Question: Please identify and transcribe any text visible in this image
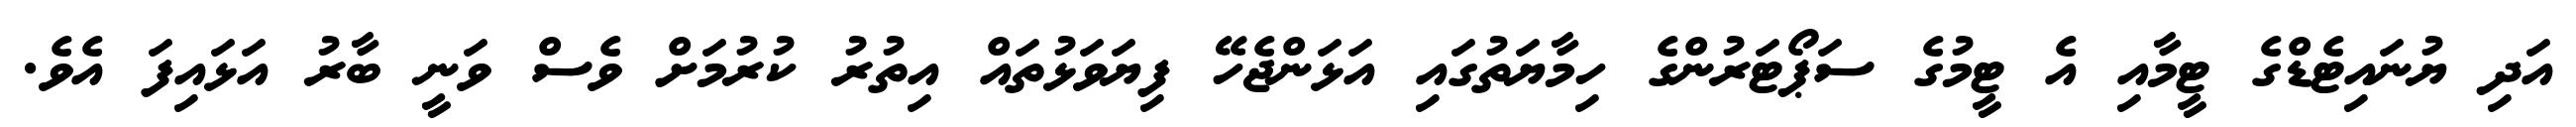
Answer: އަދި ޔުނައިޓެޑްގެ ޓީމާއި އެ ޓީމުގެ ސަޕޯޓަރުންގެ ހިމާޔަތުގައި އަޅަންޖެހޭ ފިޔަވަޅުތައް އިތުރު ކުރުމަށް ވެސް ވަނީ ބާރު އަޅައިފަ އެވެ.